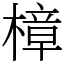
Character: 樟